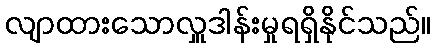
လျာထားသောလှူဒါန်းမှုရရှိနိုင်သည်။